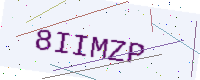
Text: 8IIMZP